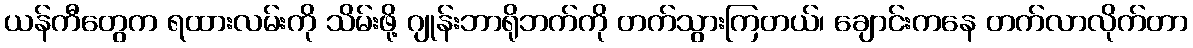
ယန်ကီတွေက ရထားလမ်းကို သိမ်းဖို့ ဂျုန်းဘာရိုဘက်ကို တက်သွားကြတယ်၊ ချောင်းကနေ တက်လာလိုက်တာ